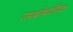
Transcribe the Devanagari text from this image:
राथबोथलिंग्क